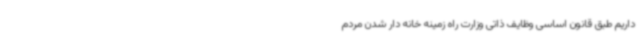
داریم طبق قانون اساسی وظایف ذاتی وزارت راه زمینه خانه دار شدن مردم